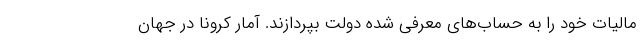
مالیات خود را به حساب‌های معرفی شده دولت بپردازند. آمار کرونا در جهان